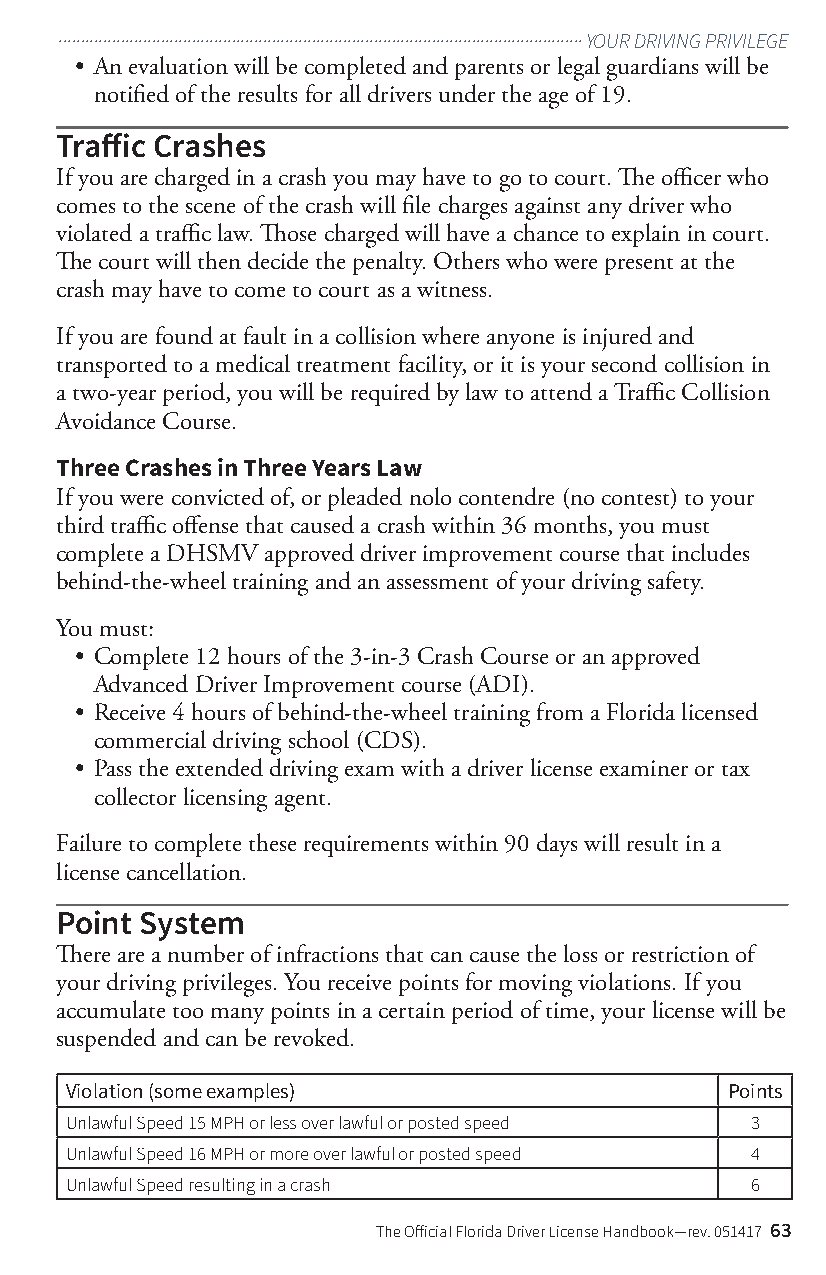
......................................................................................................................YOUR DRIVING PRIVILEGE
 • An evaluation will be completed and parents or legal guardians will be
 notified of the results for all drivers under the age of 19.
 Traffic Crashes
 If you are charged in a crash you may have to go to court. The officer who
 comes to the scene of the crash will file charges against any driver who
 violated a traffic law. Those charged will have a chance to explain in court.
 The court will then decide the penalty. Others who were present at the
 crash may have to come to court as a witness.
 If you are found at fault in a collision where anyone is injured and
 transported to a medical treatment facility, or it is your second collision in
 a two-year period, you will be required by law to attend a Traffic Collision
 Avoidance Course.
 Three Crashes in Three Years Law
 If you were convicted of, or pleaded nolo contendre (no contest) to your
 third traffic offense that caused a crash within 36 months, you must
 complete a DHSMV approved driver improvement course that includes
 behind-the-wheel training and an assessment of your driving safety.
 You must:
 • Complete 12 hours of the 3-in-3 Crash Course or an approved
 Advanced Driver Improvement course (ADI).
 • Receive 4 hours of behind-the-wheel training from a Florida licensed
 commercial driving school (CDS).
 • Pass the extended driving exam with a driver license examiner or tax
 collector licensing agent.
 Failure to complete these requirements within 90 days will result in a
 license cancellation.
 Point System
 There are a number of infractions that can cause the loss or restriction of
 your driving privileges. You receive points for moving violations. If you
 accumulate too many points in a certain period of time, your license will be
 suspended and can be revoked.
 Violation (some examples)                   Points
 Unlawful Speed 15 MPH or less over lawful or posted speed 3
 Unlawful Speed 16 MPH or more over lawful or posted speed 4
 Unlawful Speed resulting in a crash           6
 The Official Florida Driver License Handbook—rev. 051417 63